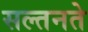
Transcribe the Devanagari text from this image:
सल्तनते